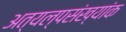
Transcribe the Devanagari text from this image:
अत्यल्पसंख्यांक